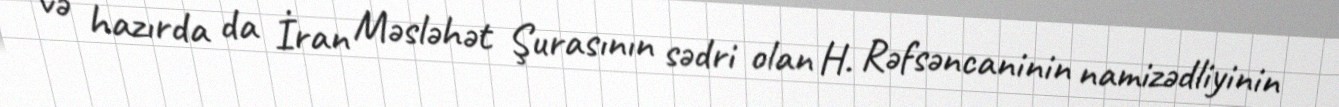
və hazırda da İran Məsləhət Şurasının sədri olan H. Rəfsəncaninin namizədliyinin